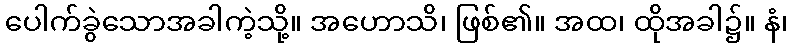
ပေါက်ခွဲသောအခါကဲ့သို့။ အဟောသိ၊ ဖြစ်၏။ အထ၊ ထိုအခါ၌။ နံ၊